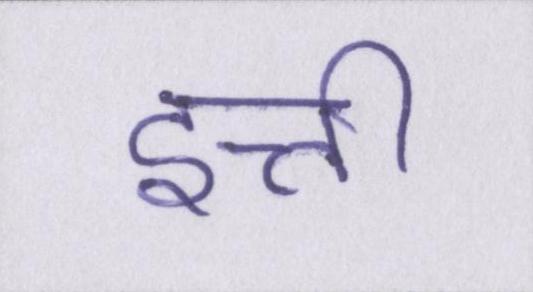
इत्ती